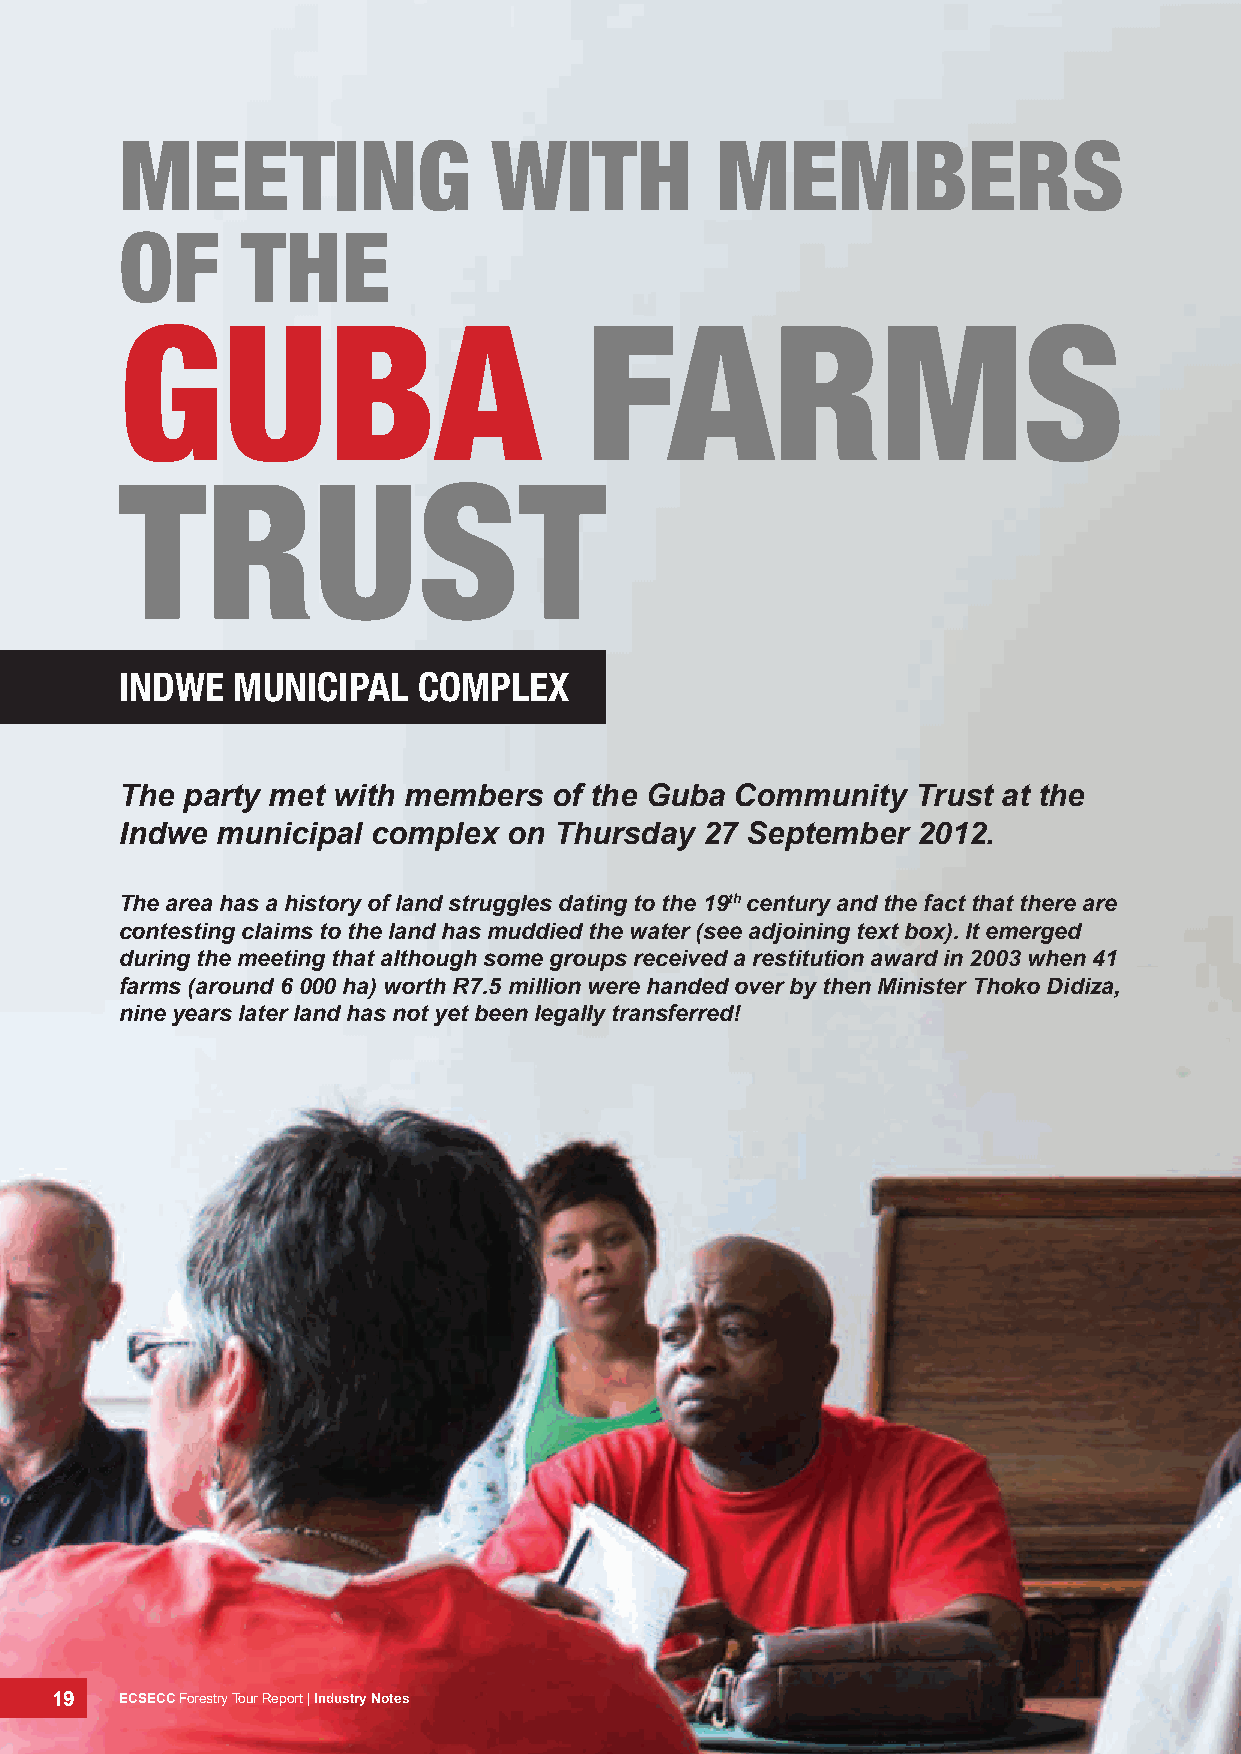
meetIng                  wIth          memBers
 of      the
 guBA                           fArms
 trust
 indwe  municipal    compleX
 The party met with members   of the Guba Community   Trust at the
 Indwe municipal  complex  on Thursday  27 September  2012.
 The area has a history of land struggles dating to the 19th century and the fact that there are
 contesting claims to the land has muddied the water (see adjoining text box). It emerged
 during the meeting that although some groups received a restitution award in 2003 when 41
 farms (around 6 000 ha) worth R7.5 million were handed over by then Minister Thoko Didiza,
 nine years later land has not yet been legally transferred!
 19   ECSECC Forestry Tour Report | Industry Notes